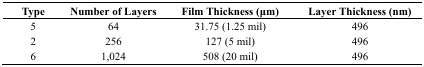
<table><thead><tr><td><b>Type</b></td><td><b>Number of Layers</b></td><td><b>Film Thickness (μm)</b></td><td><b>Layer Thickness (nm)</b></td></tr></thead><tbody><tr><td>5</td><td>64</td><td>31.75 (1.25 mil)</td><td>496</td></tr><tr><td>2</td><td>256</td><td>127 (5 mil)</td><td>496</td></tr><tr><td>6</td><td>1,024</td><td>508 (20 mil)</td><td>496</td></tr></tbody></table>